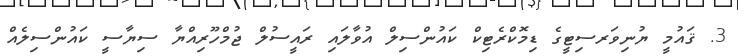
3. ޤައުމީ ޔުނިވަރސިޓީގެ ޑިމޮކްރެޓިކް ކައުންސިލް އުވާލައި ރައީސުލް ޖުމްހޫރިއްޔާ ސިޔާސީ ކައުންސިލެއް